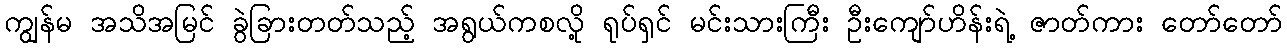
ကျွန်မ အသိအမြင် ခွဲခြားတတ်သည့် အရွယ်ကစလို့ ရုပ်ရှင် မင်းသားကြီး ဦးကျော်ဟိန်းရဲ့ ဇာတ်ကား တော်တော်